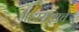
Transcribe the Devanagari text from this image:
महाराष्ट्र्राचे